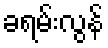
ခရမ်းလွန်